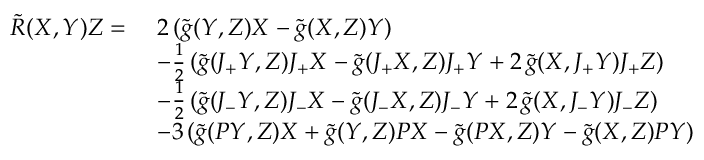
\begin{array} { r l } { \tilde { R } ( X , Y ) Z = \ } & { 2 \, ( \tilde { g } ( Y , Z ) X - \tilde { g } ( X , Z ) Y ) } \\ & { - \frac 1 2 \, ( \tilde { g } ( J _ { + } Y , Z ) J _ { + } X - \tilde { g } ( J _ { + } X , Z ) J _ { + } Y + 2 \, \tilde { g } ( X , J _ { + } Y ) J _ { + } Z ) } \\ & { - \frac 1 2 \, ( \tilde { g } ( J _ { - } Y , Z ) J _ { - } X - \tilde { g } ( J _ { - } X , Z ) J _ { - } Y + 2 \, \tilde { g } ( X , J _ { - } Y ) J _ { - } Z ) } \\ & { - 3 \, ( \tilde { g } ( P Y , Z ) X + \tilde { g } ( Y , Z ) P X - \tilde { g } ( P X , Z ) Y - \tilde { g } ( X , Z ) P Y ) } \end{array}